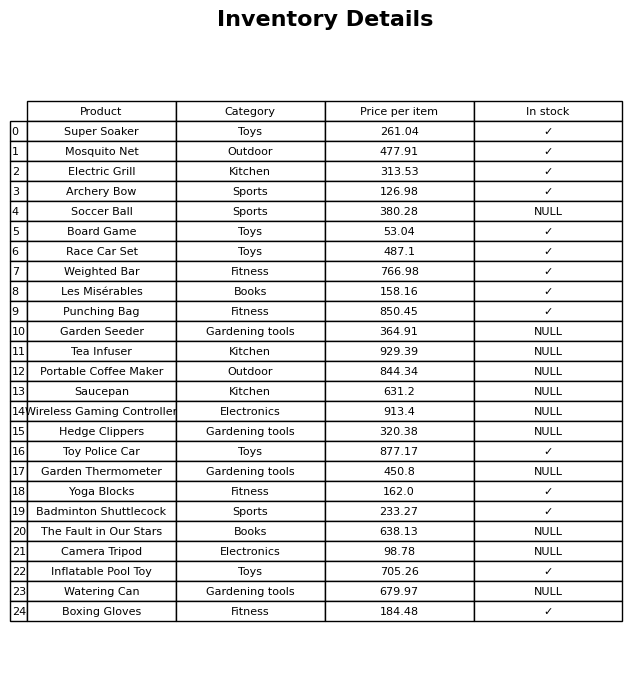
question: What is the price of the Soccer Ball?
answer: The price of Soccer Ball is 380.28.